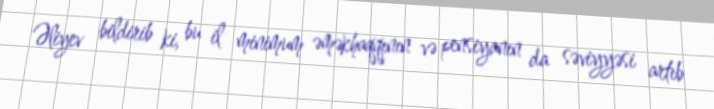
Əliyev bildirib ki, bu il minimum əməkhaqqının və pensiyanın da səviyyəsi artıb